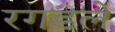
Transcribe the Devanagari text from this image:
रगडले